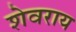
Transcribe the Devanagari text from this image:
शेवराय